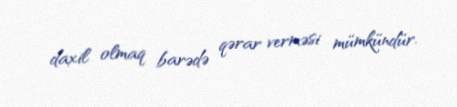
daxil olmaq barədə qərar verməsi mümkündür.